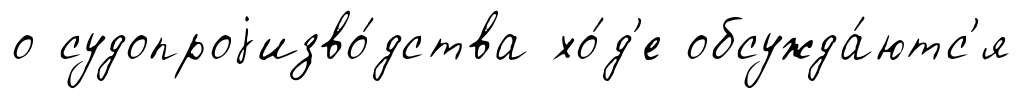
о судопроjизво́дства хо́д'е обсужда́ютс'я